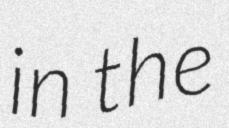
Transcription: in the